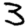
Digit: 3